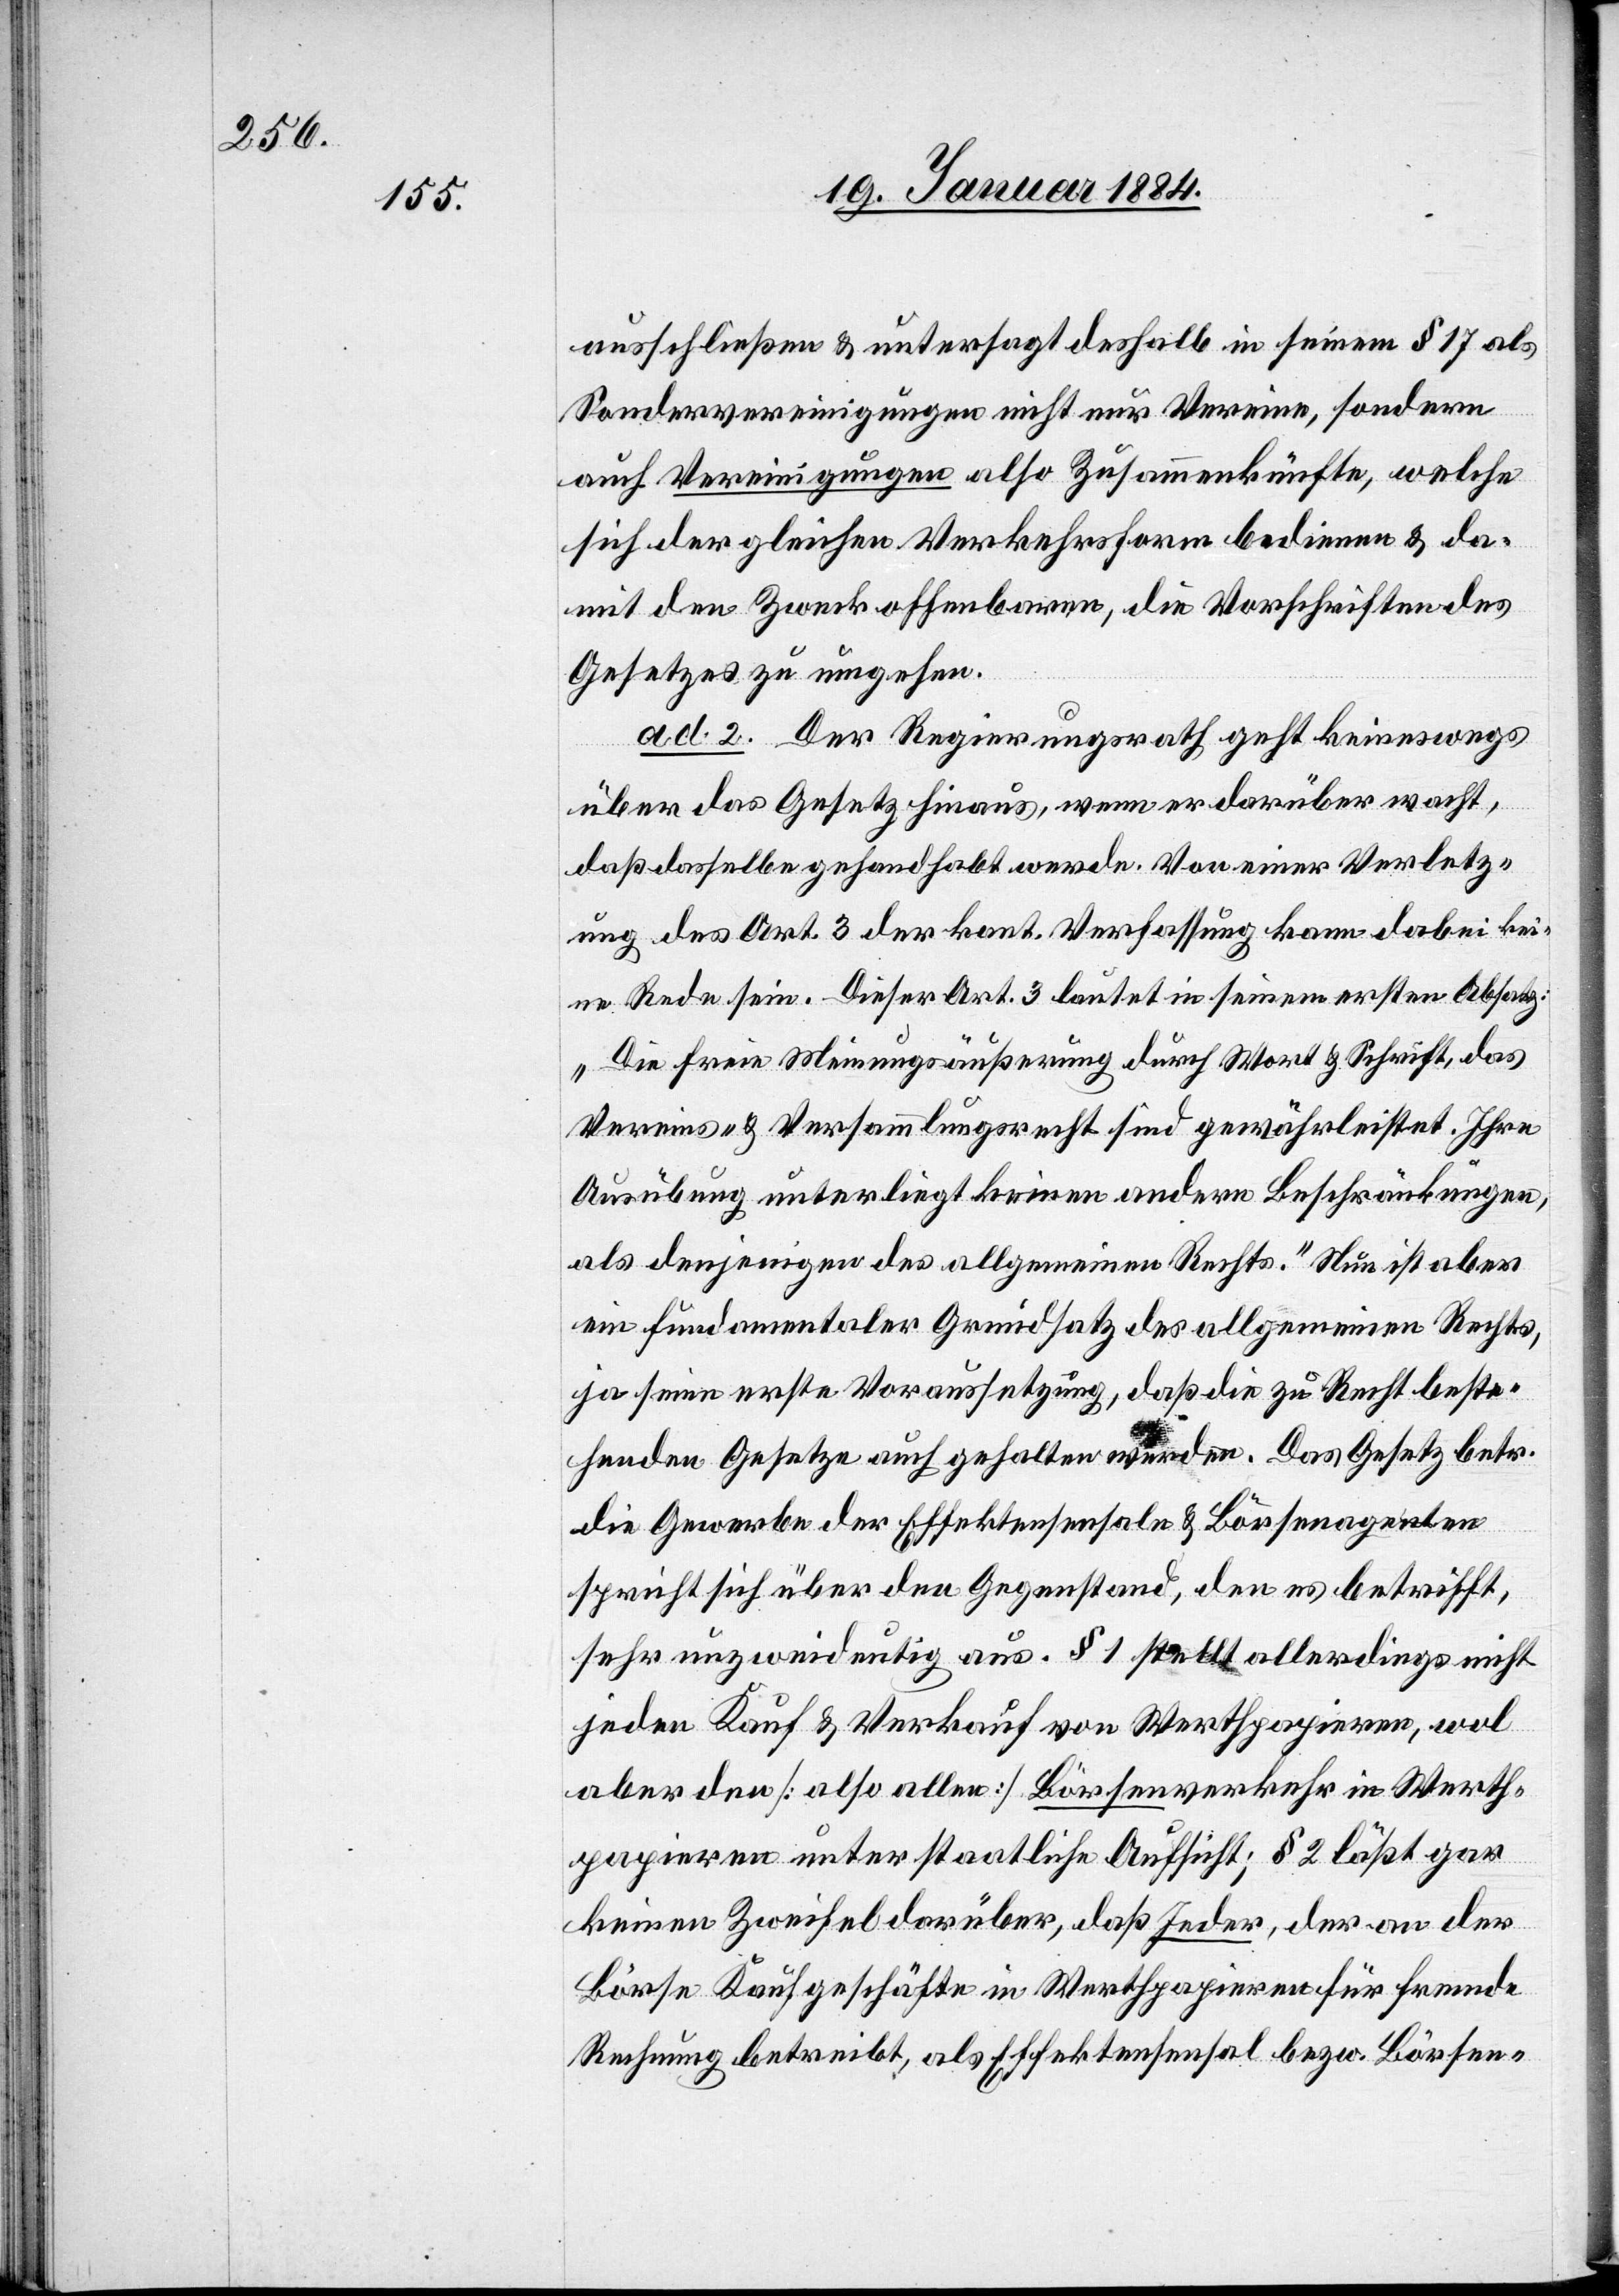
ausschließen & untersagt deshalb in seinem § 17 als
Sondervereinigungen nicht nur Vereine, sondern
auch Vereinigungen also Zusammenkünfte, welche
sich der gleichen Verkehrsform bedienen & da¬
mit den Zweck offenbaren, die Vorschriften des
Gesetzes zu umgehen.
ad. 2. Der Regierungsrath geht keineswegs
über das Gesetz hinaus, wenn er darüber wacht,
daß dasselbe gehandhabt werde. Von einer Verletz¬
ung des Art. 3 der kant. Verfassung kann dabei kei¬
ne Rede sein. Dieser Art. 3 lautet in seinem ersten Absatz:
„Die freie Meinungsäußerung durch Wort & Schrift, das
Vereins- & Versammlungsrecht sind gewährleistet. Ihre
Ausübung unterliegt keinen andern Beschränkungen,
als denjenigen des allgemeinen Rechts.“ Nun ist aber
ein fundamentalter Grundsatz des allgemeinen Rechts,
ja seine erste Voraussetzung, daß die zu Recht beste¬
henden Gesetze auch gehalten werden. Das Gesetz betr.
die Gewerbe der Effektensensale & Börsenagenten
spricht sich über den Gegenstand, den es betrifft,
sehr unzweideutig aus. § 1 stellt allerdings nicht
jeden Kauf & Verkauf von Werthpapieren, wol
aber den [also allen] Börsenverkehr in Werth¬
papieren unter staatliche Aufsicht; § 2 läßt gar
keinen Zweifel darüber, daß Jeder, der an der
Börse Kaufgeschäfte in Werthpapieren für fremde
Rechnung betreibt, als Effektensensal bzw. Börsen-